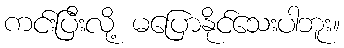
ကင်းပြီးလို့ မပြောနိုင်သေးပါဘူး။